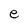
Character: e